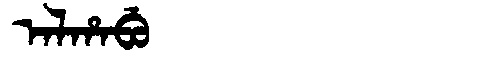
Manchu: ᠠᠯᡥᠠᠪᡠ
Romanization: ALHABU